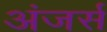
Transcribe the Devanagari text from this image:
अंजर्स